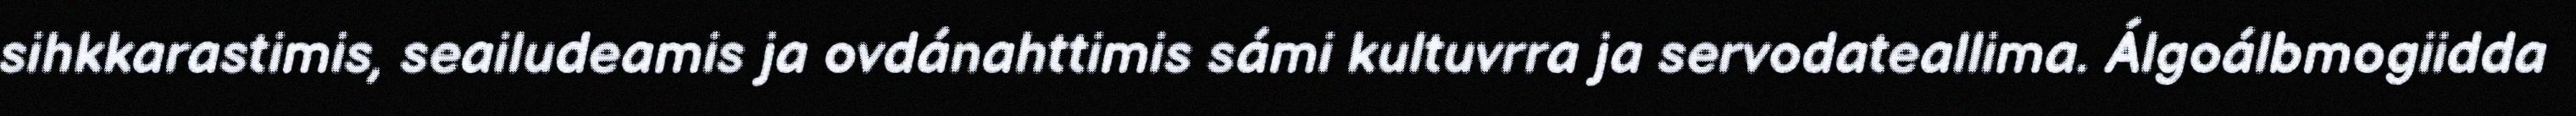
sihkkarastimis, seailudeamis ja ovdánahttimis sámi kultuvrra ja servodateallima. Álgoálbmogiidda